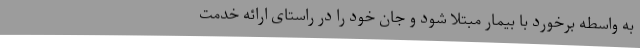
به واسطه برخورد با بیمار مبتلا شود و جان خود را در راستای ارائه خدمت